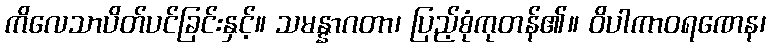
ကိလေသာပိတ်ပင်ခြင်းနှင့်။ သမန္နာဂတာ၊ ပြည့်စုံကုတန်၏။ ဝိပါကာဝရဏေန၊